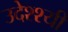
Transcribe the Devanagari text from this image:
उदेश्श्यी